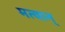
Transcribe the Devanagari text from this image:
मत्वान्